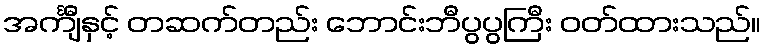
အင်္ကျီနှင့် တဆက်တည်း ဘောင်းဘီပွပွကြီး ဝတ်ထားသည်။